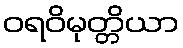
ဝရဝိမုတ္တိယာ